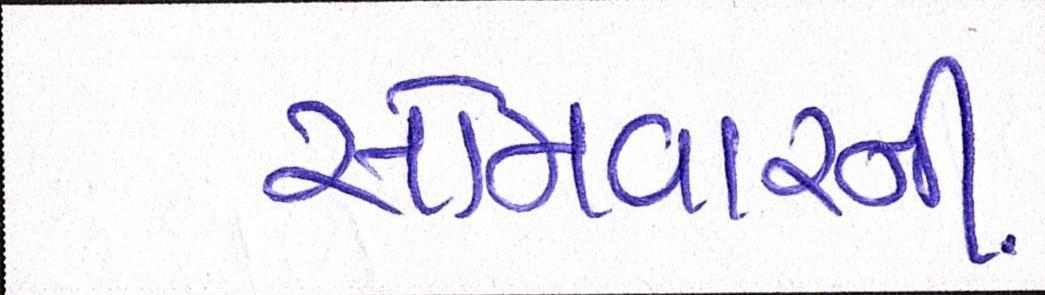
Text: સોમવારની